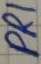
Text: PRI